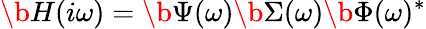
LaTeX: \b{H}(i\omega)=\b{\Psi}(\omega)\b{\Sigma}(\omega)\b{\Phi}(\omega)^{*}